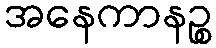
အနေကာနဉ္စ